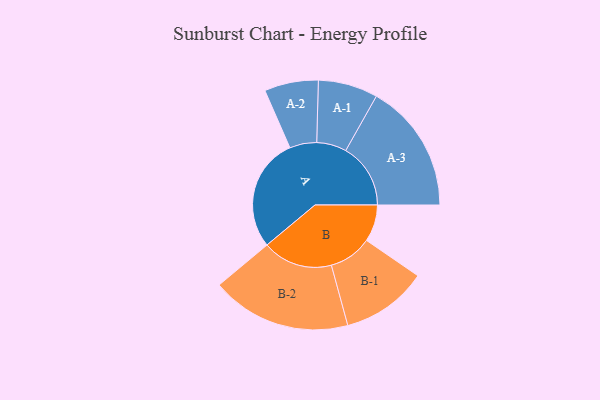
{"axis": {"x": "Segment", "y": "Value"}, "legend": ["", "A", "B"], "data": [{"x": "A", "y": 480, "type": ""}, {"x": "B", "y": 156, "type": ""}, {"x": "A-1", "y": 126, "type": "A"}, {"x": "A-2", "y": 114, "type": "A"}, {"x": "A-3", "y": 274, "type": "A"}, {"x": "B-1", "y": 182, "type": "B"}, {"x": "B-2", "y": 296, "type": "B"}]}